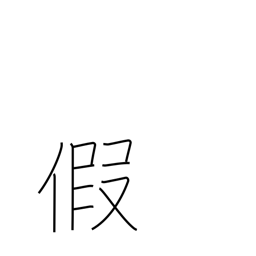
Meaning: interim